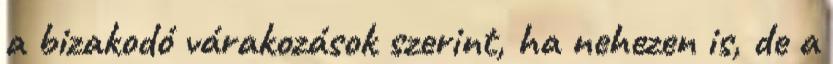
a bizakodó várakozások szerint, ha nehezen is, de a